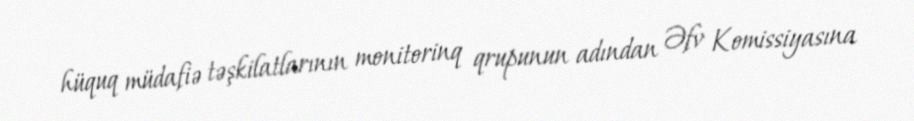
hüquq müdafiə təşkilatlarının monitorinq qrupunun adından Əfv Komissiyasına